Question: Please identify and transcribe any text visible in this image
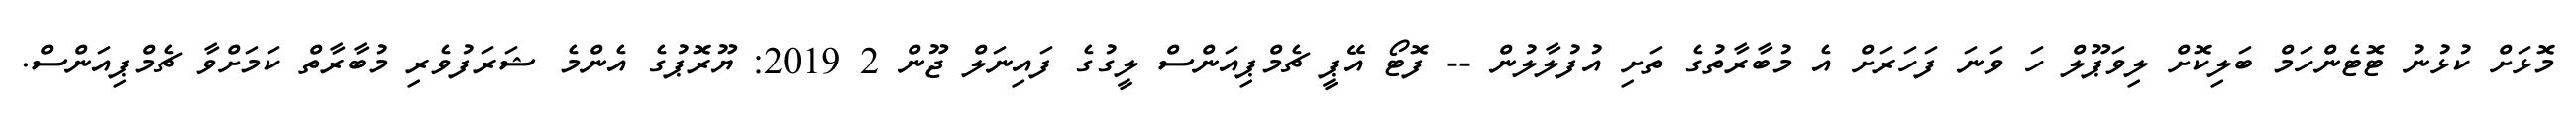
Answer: މޮޅަށް ކުޅުނު ޓޮޓެންހަމް ބަލިކޮށް ލިވަޕޫލް ހަ ވަނަ ފަހަރަށް އެ މުބާރާތުގެ ތަށި އުފުލާލުން -- ފޮޓޯ އޭޕީ ޗެމްޕިއަންސް ލީގުގެ ފައިނަލް ޖޫން 2 2019: ޔޫރޮޕުގެ އެންމެ ޝަރަފުވެރި މުބާރާތް ކަމަށްވާ ޗެމްޕިއަންސް.